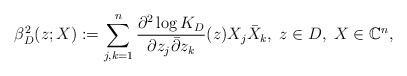
LaTeX: \begin{align*} \beta_D^2(z;X):=\sum_{j,k=1}^n\frac{\partial^2\log K_D}{\partial z_j\bar\partial z_k}(z)X_j\bar X_k,\;z\in D,\; X\in\mathbb C^n, \end{align*}